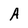
Character: A